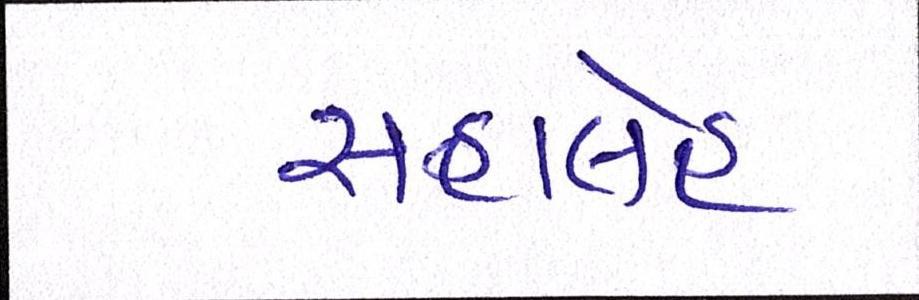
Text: રાહાલેહ